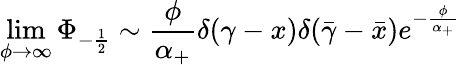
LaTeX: \operatorname*{lim}_{\phi\rightarrow\infty}\Phi_{-\frac 12}\sim\frac\phi{\alpha_{+}}\delta(\gamma-x)\delta(\bar{\gamma}-\bar{x})e^{-\frac{\phi}{\alpha_{+}}}